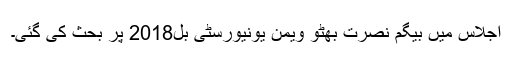
اجلاس میں بیگم نصرت بھٹو ویمن یونیورسٹی بل2018 پر بحث کی گئی۔